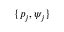
\{ p _ { j } , \psi _ { j } \}